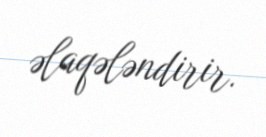
əlaqələndirir.